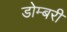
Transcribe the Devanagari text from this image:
डोम्‍बरी